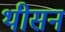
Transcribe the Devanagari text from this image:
थीसन